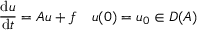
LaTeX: { \frac { \mathrm { d } u } { \mathrm { d } t } } = A u + f \quad u ( 0 ) = u _ { 0 } \in D ( A )